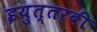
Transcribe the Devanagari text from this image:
इयुत्तरबी